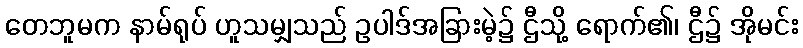
တေဘူမက နာမ်ရုပ် ဟူသမျှသည် ဥပါဒ်အခြားမဲ့၌ ဌီသို့ ရောက်၏၊ ဌီ၌ အိုမင်း